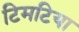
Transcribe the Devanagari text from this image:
टिमटिया